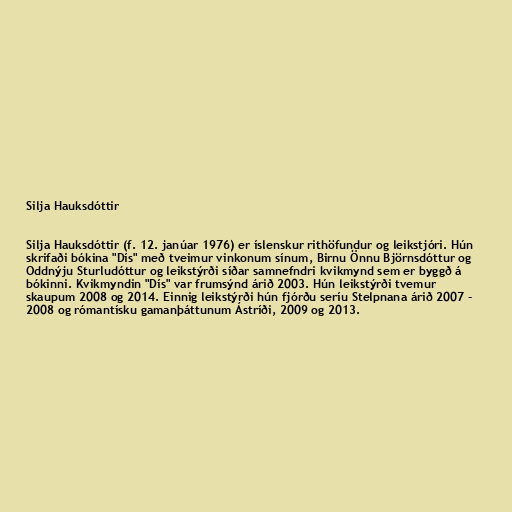
Silja Hauksdóttir

Silja Hauksdóttir (f. 12. janúar 1976) er íslenskur rithöfundur og leikstjóri. Hún
skrifaði bókina "Dís" með tveimur vinkonum sínum, Birnu Önnu Björnsdóttur og
Oddnýju Sturludóttur og leikstýrði síðar samnefndri kvikmynd sem er byggð á
bókinni. Kvikmyndin "Dís" var frumsýnd árið 2003. Hún leikstýrði tvemur
skaupum 2008 og 2014. Einnig leikstýrði hún fjórðu seríu Stelpnana árið 2007 -
2008 og rómantísku gamanþáttunum Ástríði, 2009 og 2013.